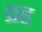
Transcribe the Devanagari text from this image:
व्रह